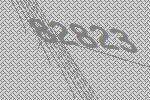
82823